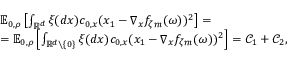
\begin{array} { r l } & { { \ensuremath { \mathbb E } } _ { 0 , \rho } \left[ \int _ { { \ensuremath { \mathbb R } } ^ { d } } \xi ( d x ) c _ { 0 , x } ( x _ { 1 } - \nabla _ { x } f _ { \zeta m } ( \omega ) ) ^ { 2 } \right] = } \\ & { = { \ensuremath { \mathbb E } } _ { 0 , \rho } \left[ \int _ { { \ensuremath { \mathbb R } } ^ { d } \setminus \{ 0 \} } \xi ( d x ) c _ { 0 , x } ( x _ { 1 } - \nabla _ { x } f _ { \zeta m } ( \omega ) ) ^ { 2 } \right] = \ensuremath { \mathcal C } _ { 1 } + \ensuremath { \mathcal C } _ { 2 } , } \end{array}